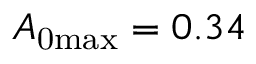
A _ { \mathrm { 0 m a x } } = 0 . 3 4